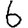
Digit: 6